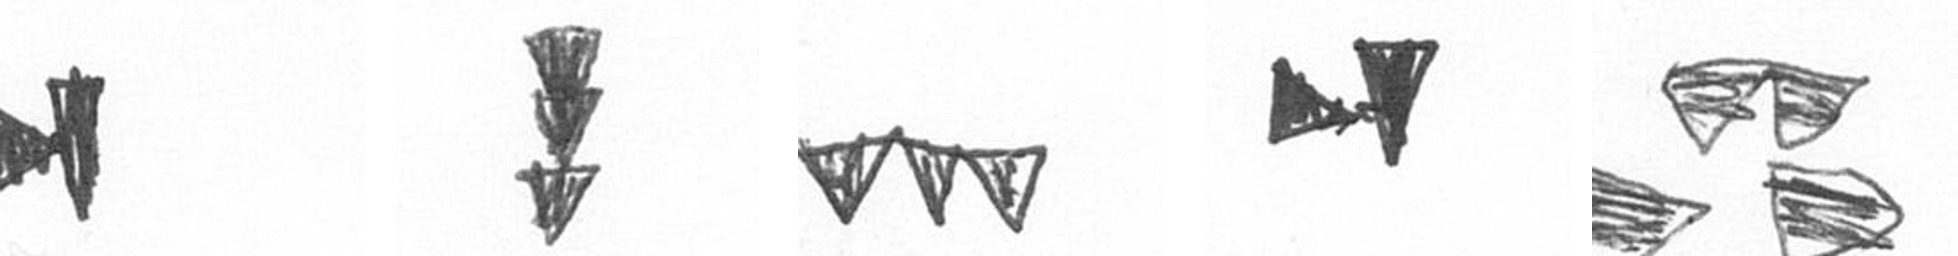
M E L M B